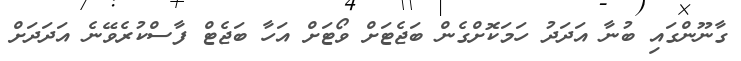
ގާނޫންގައި ބުނާ އަދަދު ހަމަކޮށްގެން ބަޖެޓަށް ވޯޓަށް އަހާ ބަޖެޓް ފާސްކުރެވޭނެ އަދަދަށް